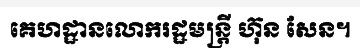
គេហដ្ឋានលោករដ្ឋមន្ត្រី ហ៊ុន សែន។